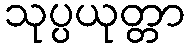
သုပ္ပယုတ္တာ